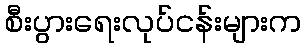
စီးပွားရေးလုပ်ငန်းများက